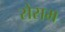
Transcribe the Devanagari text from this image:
सेसम